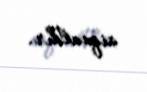
siqnaldır.